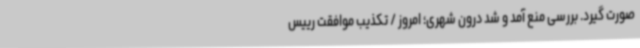
صورت گیرد. بررسی منع آمد و شد درون شهری؛ امروز / تکذیب موافقت رییس